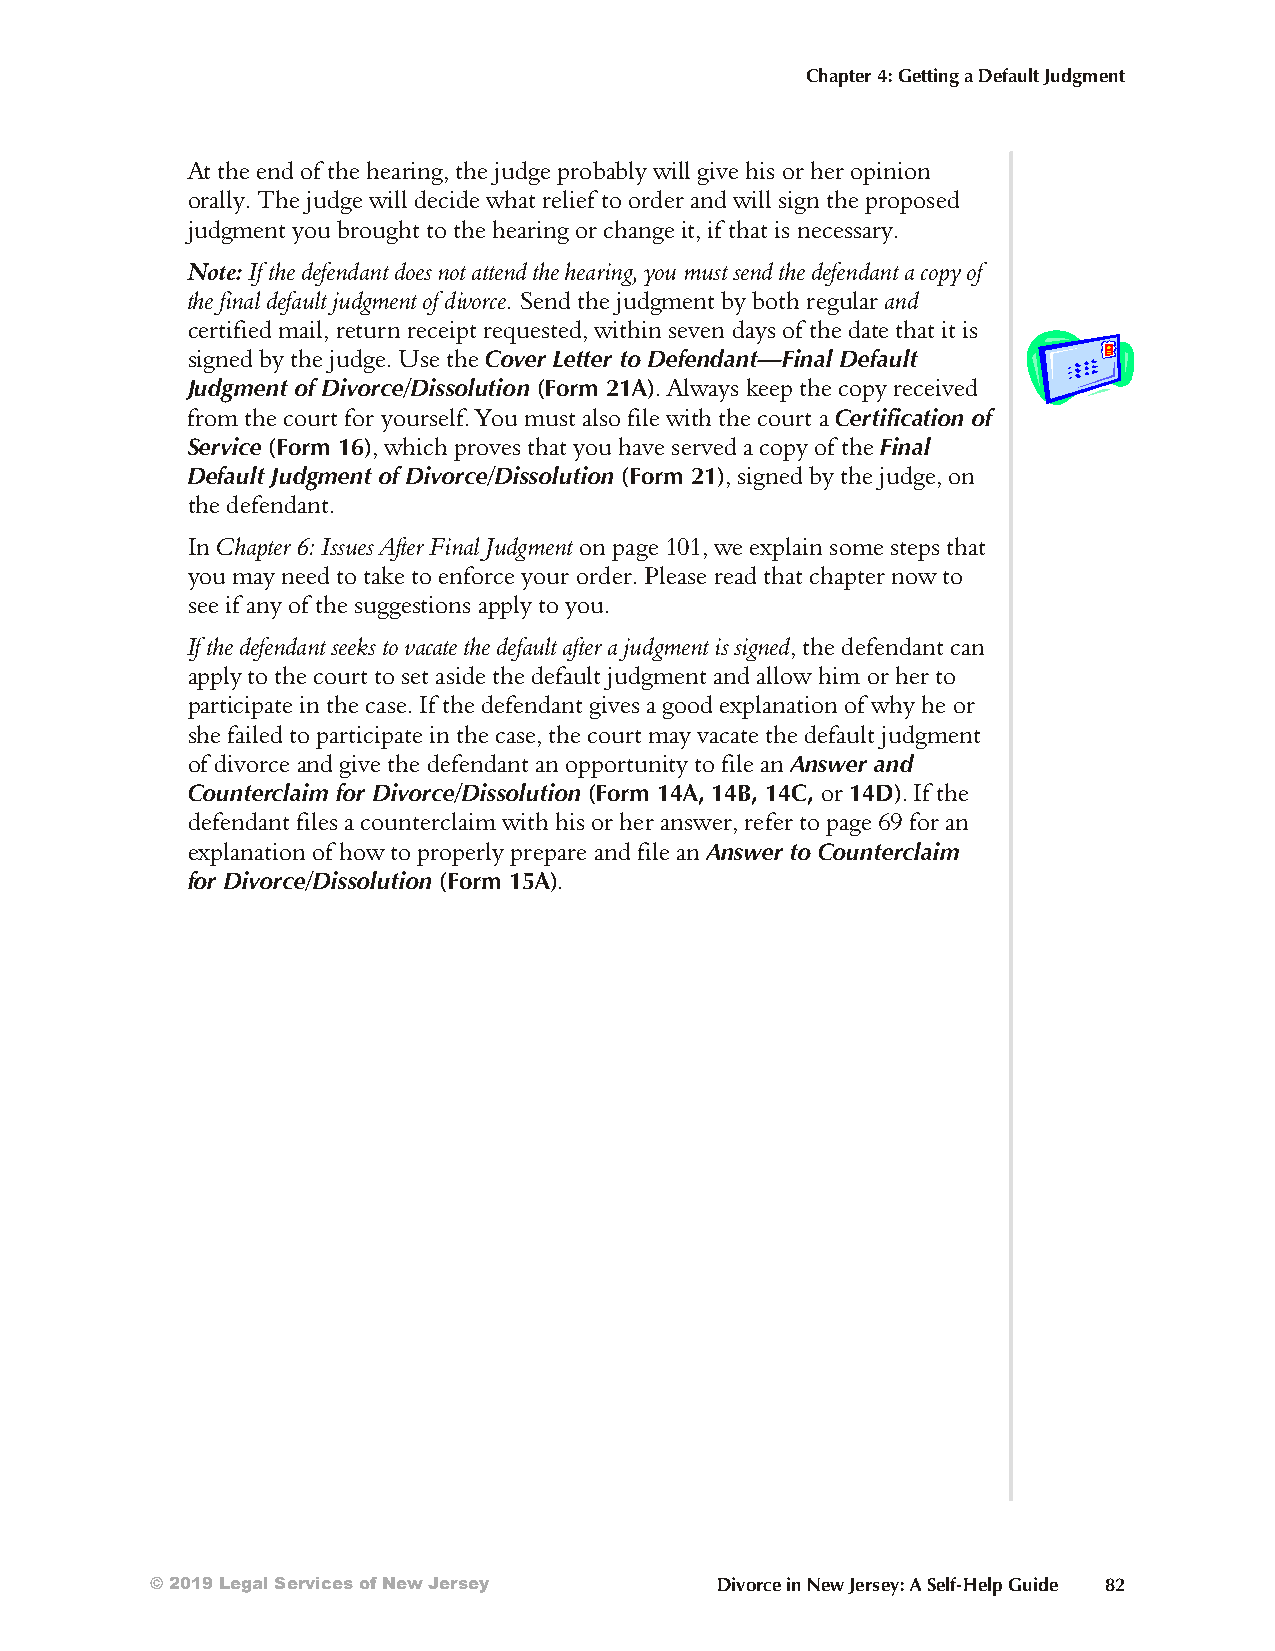
Chapter 4: Getting a Default Judgment
 At the end of the heari ng, the judge proba b ly will give his or her opin ion
 orally. The judge will de cide what re lief to ord er and will sign the pro posed
 judgm ent you brought to the hear ing or change it, if that is necessary.
 Note: If the de fend ant does not at tend the hear ing, you must send the de fend ant a copy of
 the fin al def ault judgm ent of div orce. Send the judgm ent by both reg u lar and
 cer tif ied mail, ret urn re ceipt req uested, within seven days of the date that it is
 signed by the judge. Use the Cover Let ter to Def en dant—Fi nal De fault
 Judg ment of Div orce/Diss o lu tion (Form 21A). Alw ays keep the copy re ceived
 from the court for your self. You must also file with the court a Cert ifi c at ion of
 Ser vice (Form 16), which proves that you have served a copy of the Fi nal
 De fault Judg ment of Di vorce/Dis so lu tion (Form 21), signed by the judge, on
 the de fen dant.
 In Chap ter 6: Is sues Af ter Fi nal Judgm ent on page 101, we ex plain some steps that
 you may need to take to en force your or der. Please read that chapt er now to
 see if any of the sugg est ions app ly to you.
 If the defendant seeks to vacate the default after a judgment is signed, the defendant can
 apply to the court to set aside the default judgment and allow him or her to
 participate in the case. If the defendant gives a good explanation of why he or
 she failed to participate in the case, the court may vacate the default judgment
 of divorce and give the defendant an opportunity to file an An swer and
 Coun ter claim for Di vorce/Dis so lu tion (Form 14A, 14B, 14C, or 14D). If the
 def en dant files a coun ter claim with his or her ans wer, re fer to page 69 for an
 ex plan a tion of how to prop erly pre pare and file an An swer to Coun ter claim
 for Di vorce/Dis so lu tion (Form 15A).
 © 2019 Legal Services of New Jersey  Divorce in New Jersey: A Self-Help Guide 82